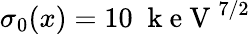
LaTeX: \sigma_{0}(x)=10\; \mathrm{~k~e~V~}^{7/2}